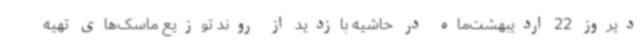
دیروز 22 اردیبهشت‌ماه در حاشیه بازدید از روند توزیع ماسک‌های تهیه